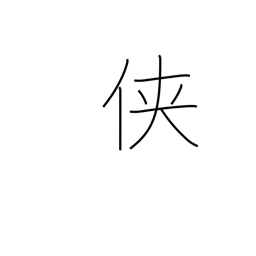
Meaning: tomboy